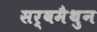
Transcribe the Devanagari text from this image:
सर्वमैथुन